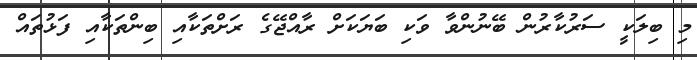
މި ބިލަކީ ސަރުކާރުން ބޭނުންވާ ވަކި ބަޔަކަށް ރާއްޖޭގެ ރަށްތަކާއި ބިންތަކާއި ފަޅުތައް